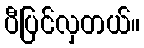
ပီပြင်လှတယ်။